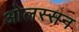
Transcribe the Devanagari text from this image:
ओलस्सन